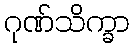
ဂုဏ်သိက္ခာ